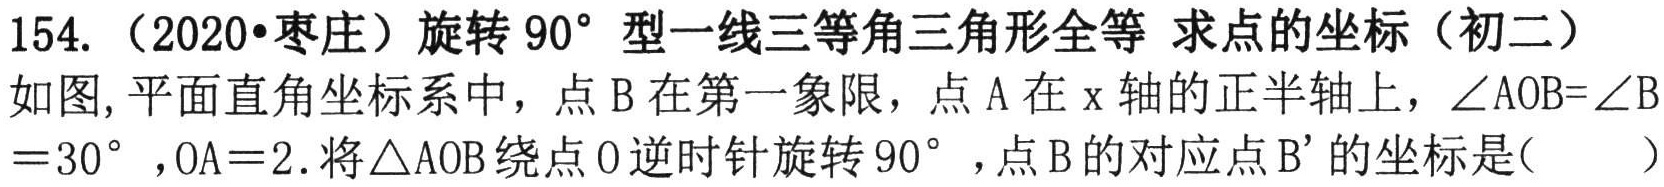
154.（2020•枣庄）旋转 \(90^{\circ}\) 型一线三等角三角形全等 求点的坐标（初二）
如图, 平面直角坐标系中，点 B 在第一象限，点 A 在 x 轴的正半轴上，\(\angle AOB = \angle B=30^{\circ}\)，\(OA = 2\). 将\(\triangle AOB\)绕点 O 逆时针旋转 \(90^{\circ}\)，点 B 的对应点 \(B'\)的坐标是(  )